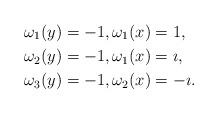
LaTeX: \begin{align*}\omega_1(y)&=-1,\omega_1(x)=1, \\\omega_2(y)&=-1,\omega_1(x)=\imath, \\\omega_3(y)&=-1,\omega_2(x)=-\imath.\end{align*}